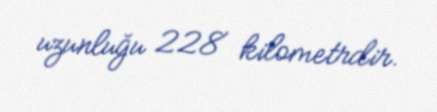
uzunluğu 228 kilometrdir.